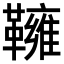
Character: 𩍓